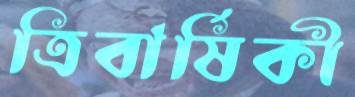
ত্রিবার্ষিকী